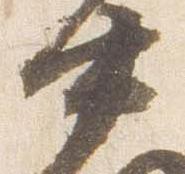
中